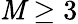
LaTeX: \mathit{M}\geq3